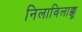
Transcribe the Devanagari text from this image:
निलाविलाक्कू